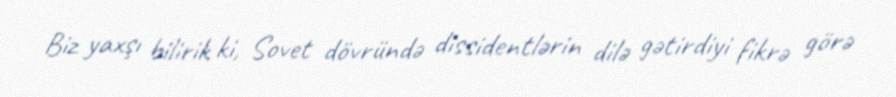
Biz yaxşı bilirik ki, Sovet dövründə dissidentlərin dilə gətirdiyi fikrə görə